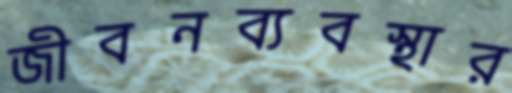
জীবনব্যবস্থার